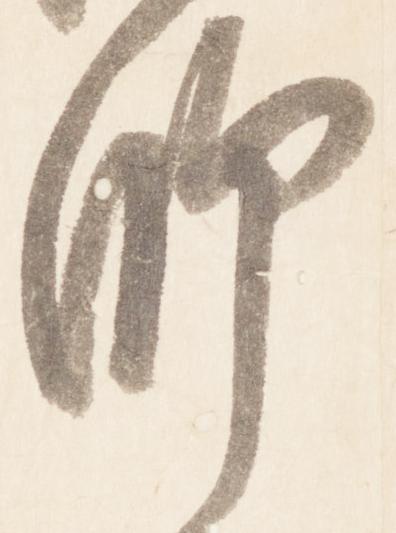
師